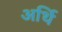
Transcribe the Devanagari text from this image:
अर्थि